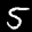
Label: 5